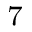
_ 7